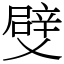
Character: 䢃